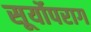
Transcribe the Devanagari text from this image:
सूर्योपराग